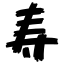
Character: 寿